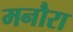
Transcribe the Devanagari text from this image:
मनौरा